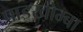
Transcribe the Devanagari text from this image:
पाइखोम्बा